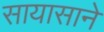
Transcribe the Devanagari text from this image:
सायासाने